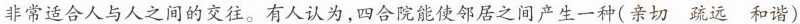
非常适合人与人之间的交往。有人认为，四合院能使邻居之间产生一种(亲切 疏远 和谐)